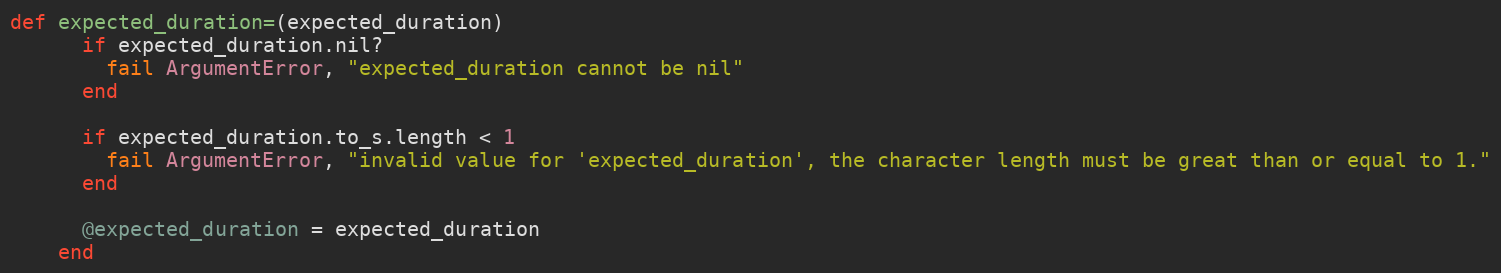
Language: Ruby
def expected_duration=(expected_duration)
      if expected_duration.nil?
        fail ArgumentError, "expected_duration cannot be nil"
      end

      if expected_duration.to_s.length < 1
        fail ArgumentError, "invalid value for 'expected_duration', the character length must be great than or equal to 1."
      end

      @expected_duration = expected_duration
    end